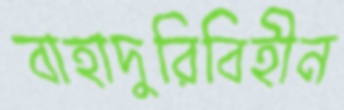
বাহাদুরিবিহীন